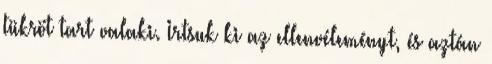
tükröt tart valaki. Irtsuk ki az ellenvéleményt, és aztán